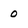
Character: 0